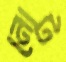
নোট